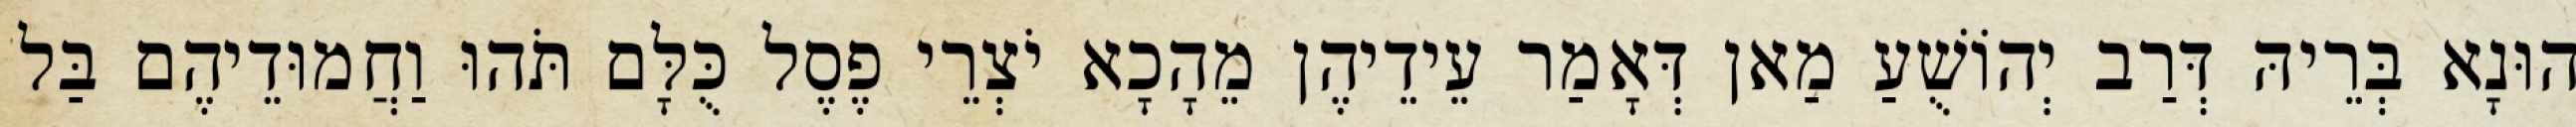
הוּנָא בְּרֵיהּ דְּרַב יְהוֹשֻׁעַ מַאן דְּאָמַר עֵידֵיהֶן מֵהָכָא יֹצְרֵי פֶסֶל כֻּלָּם תֹּהוּ וַחֲמוּדֵיהֶם בַּל